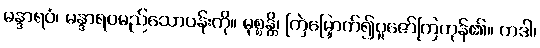
မန္ဒာရဝံ၊ မန္ဒာရဝမည်သောပန်းကို။ မုစ္စန္တိ၊ ကြဲမြှောက်၍ပူဇော်ကြကုန်၏။ တဒါ၊